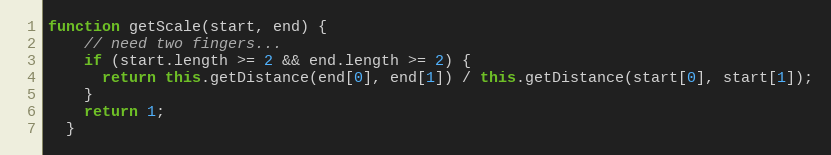
Language: JavaScript
function getScale(start, end) {
    // need two fingers...
    if (start.length >= 2 && end.length >= 2) {
      return this.getDistance(end[0], end[1]) / this.getDistance(start[0], start[1]);
    }
    return 1;
  }